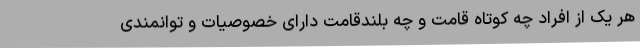
هر یک از افراد چه کوتاه قامت و چه بلندقامت دارای خصوصیات و توانمندی